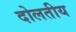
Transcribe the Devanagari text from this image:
दोलतीय